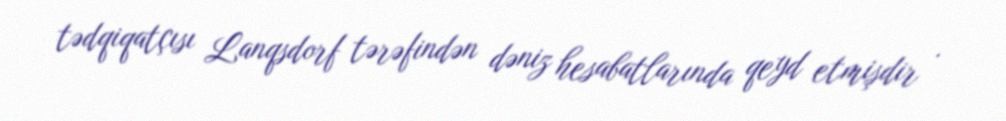
tədqiqatçısı Lanqsdorf tərəfindən dəniz hesabatlarında qeyd etmişdir .